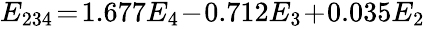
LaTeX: \begin{array}{r}{E_{234}\! =\! 1.677E_{4}\! -\! 0.712E_{3}\! +\! 0.035E_{2}}\end{array}